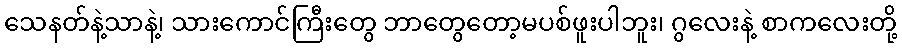
သေနတ်နဲ့သာနဲ့၊ သားကောင်ကြီးတွေ ဘာတွေတော့မပစ်ဖူးပါဘူး၊ ဂွလေးနဲ့ စာကလေးတို့